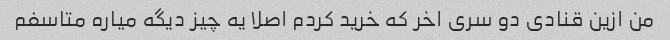
من ازین قنادی دو سری اخر که خرید کردم اصلا یه چیز دیگه میاره متاسفم